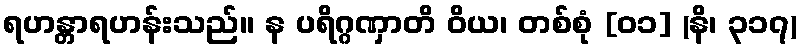
ရဟန္တာရဟန်းသည်။ န ပရိဂ္ဂဏှာတိ ဝိယ၊ တစ်စုံ [၀၁] (နိ၊ ၃၁၇)